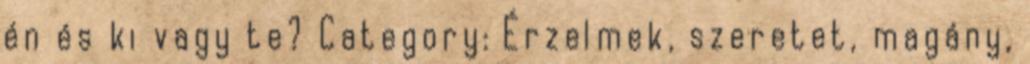
én és ki vagy te? Category: Érzelmek, szeretet, magány,